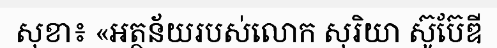
សុខា៖ «អត្ថន័យរបស់លោក សុរិយា ស៊ូប៊ែឌី